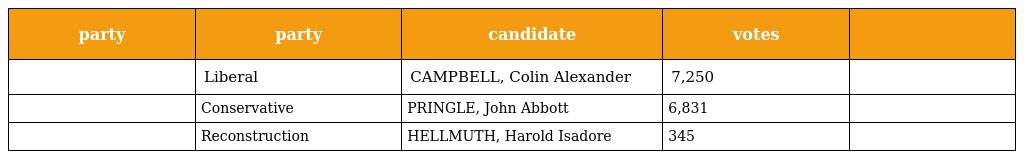
| party | party | candidate | votes |  |
 | --- | --- | --- | --- | --- |
 |  | Liberal | CAMPBELL, Colin Alexander | 7,250 |  |
 |  | Conservative | PRINGLE, John Abbott | 6,831 |  |
 |  | Reconstruction | HELLMUTH, Harold Isadore | 345 |  |